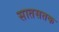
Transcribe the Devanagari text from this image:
सातसतक